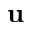
\textbf { u }